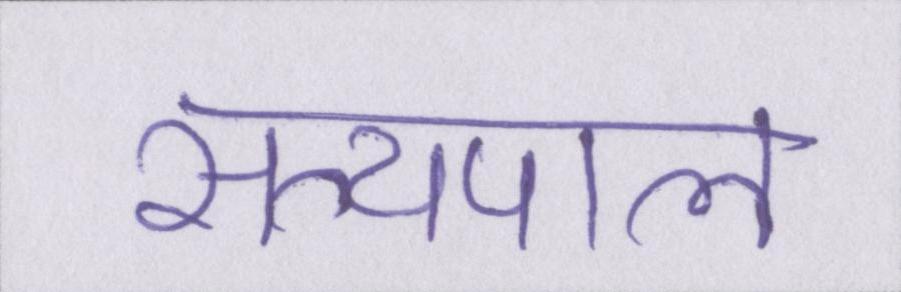
सत्यपाल